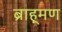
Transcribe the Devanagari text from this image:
ब्राह्‌मण